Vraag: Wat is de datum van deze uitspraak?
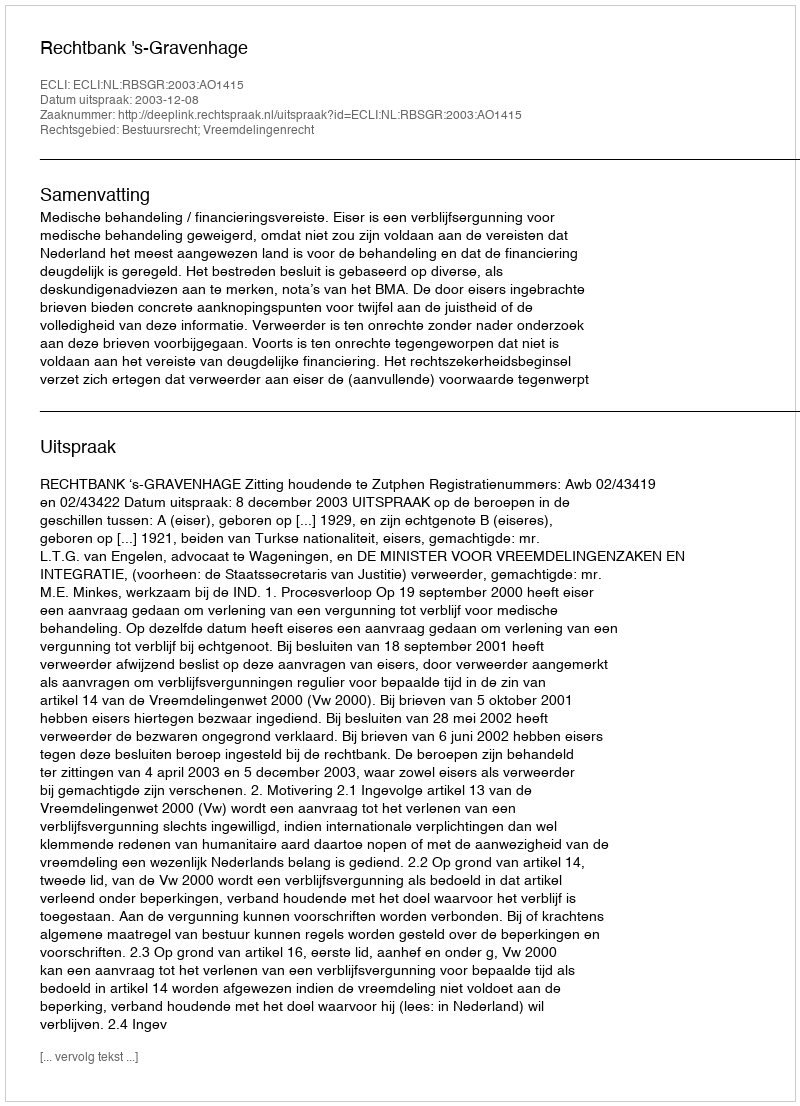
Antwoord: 2003-12-08